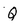
Character: Q